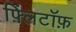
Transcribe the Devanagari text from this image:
फ़्लिंटॉफ़